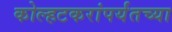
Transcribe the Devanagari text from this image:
कोल्हटकरांपर्यंतच्या